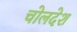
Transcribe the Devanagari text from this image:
चोलदेश